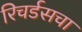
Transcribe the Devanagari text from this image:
रिचर्डसचा